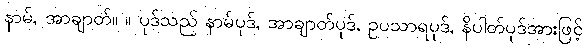
နာမ်, အာချာတ်။ ။ ပုဒ်သည် နာမ်ပုဒ်, အာချာတ်ပုဒ်, ဥပသာရပုဒ်, နိပါတ်ပုဒ်အားဖြင့်